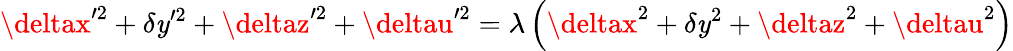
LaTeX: \deltax^{\prime2}+\delta\mathit{y}^{\prime2}+\deltaz^{\prime2}+\deltau^{\prime2}=\lambda\left(\deltax^{2}+\delta\mathit{y}^{2}+\deltaz^{2}+\deltau^{2}\right)